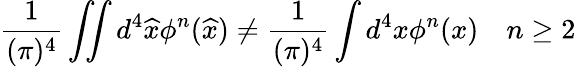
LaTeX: {\frac{1}{(\pi)^{4}}}\int\! \! \! \int d^{4}\widehat{x}\phi^{n}(\widehat{x})\neq{\frac{1}{(\pi)^{4}}}\int d^{4}x\phi^{n}(x)\quad n\geq 2